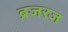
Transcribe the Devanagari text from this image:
ब्रजरज